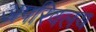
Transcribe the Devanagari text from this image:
अपरिवलय